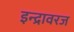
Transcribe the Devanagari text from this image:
इन्द्रावरज